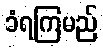
ခံရကြမည်